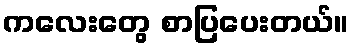
ကလေးတွေ စာပြပေးတယ်။